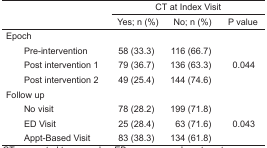
<table><thead><tr><td rowspan="3"></td><td colspan="3"><b>CT at Index Visit</b></td></tr><tr><td><b>Yes; n (%)</b></td><td><b>No; n (%)</b></td><td><b>P value</b></td></tr></thead><tbody><tr><td colspan="4">Epoch</td></tr><tr><td> Pre-intervention</td><td>58 (33.3)</td><td>116 (66.7)</td><td></td></tr><tr><td> Post intervention 1</td><td>79 (36.7)</td><td>136 (63.3)</td><td>0.044</td></tr><tr><td> Post intervention 2</td><td>49 (25.4)</td><td>144 (74.6)</td><td></td></tr><tr><td colspan="4">Follow up</td></tr><tr><td> No visit</td><td>78 (28.2)</td><td>199 (71.8)</td><td></td></tr><tr><td> ED Visit</td><td>25 (28.4)</td><td>63 (71.6)</td><td>0.043</td></tr><tr><td> Appt-Based Visit</td><td>83 (38.3)</td><td>134 (61.8)</td><td></td></tr></tbody></table>